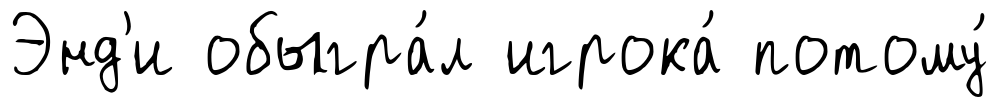
Энд'и обыгра́л игрока́ потому́